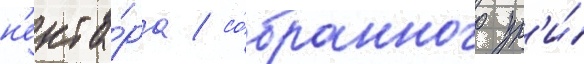
н'екта́ра / со́бранного пр'и́